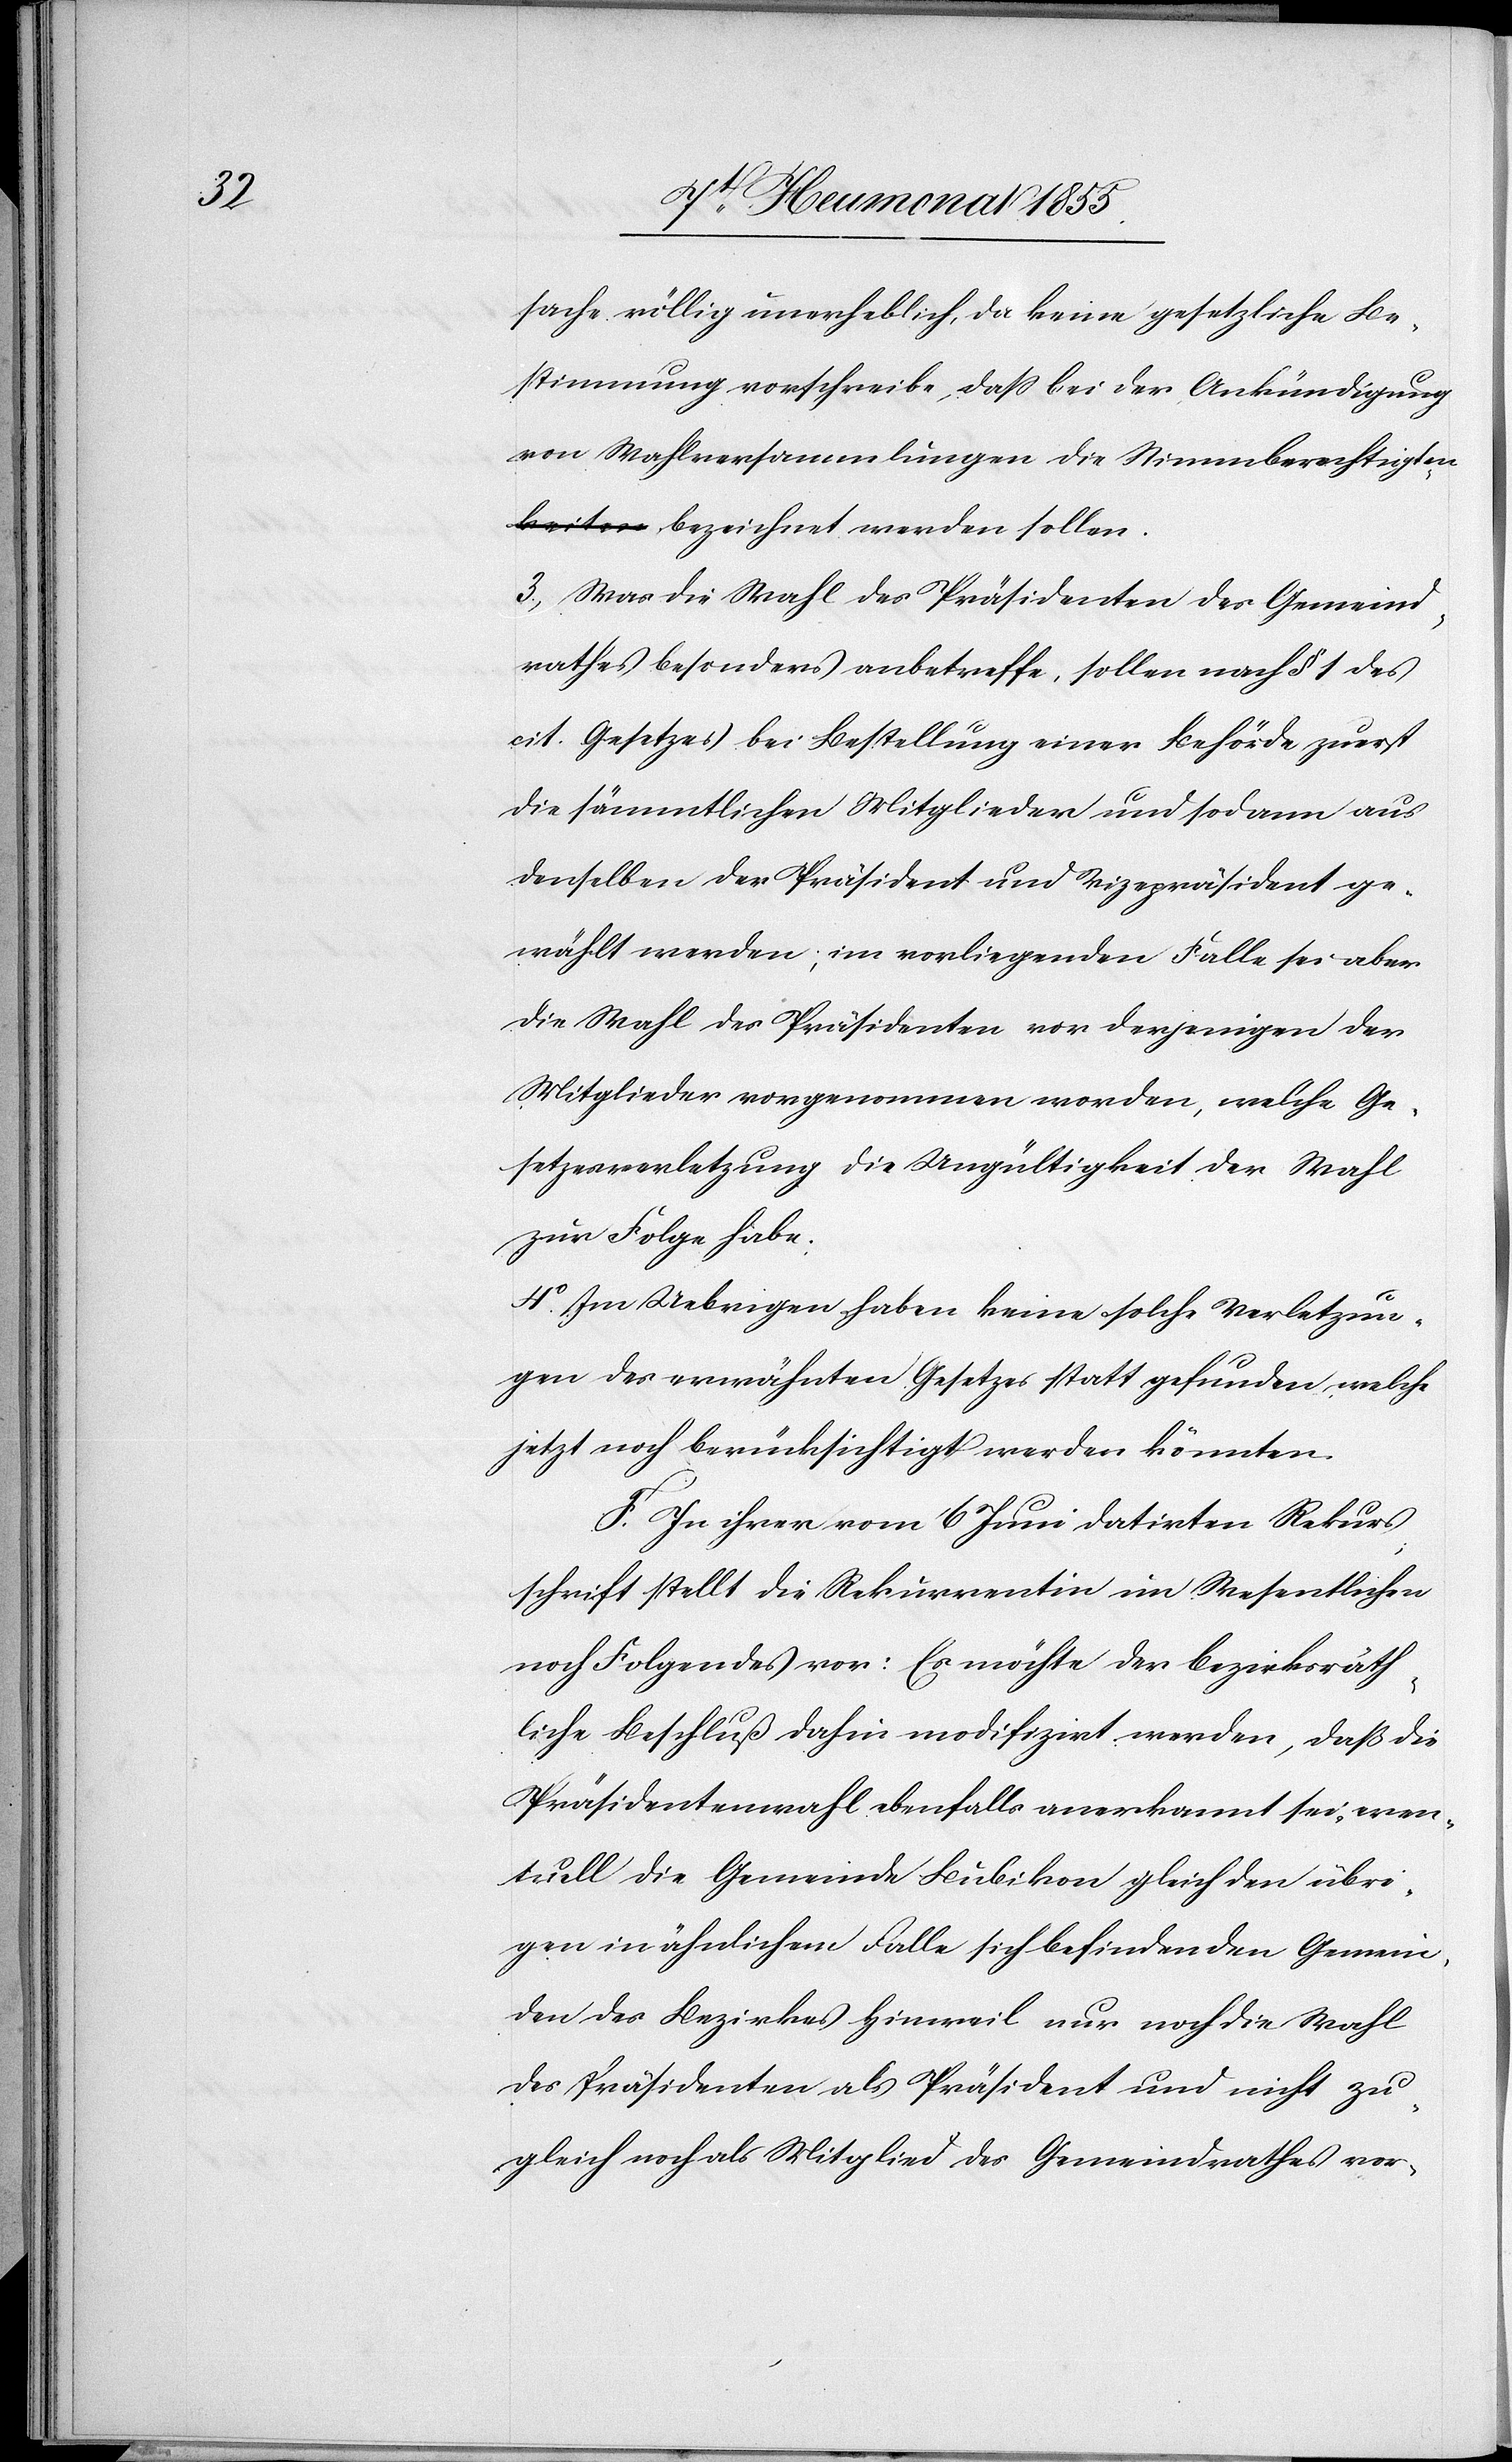
sache völlig unerheblich, da keine gesetzliche Be¬
stimmung vorschreibe, dass bei der Ankündigung
von Wahlversammlungen die Stimmberechtigten
a-keiten-a bezeichnet werden sollen.
3, Was die Wahl des Präsidenten des Gemeind¬
rathes besonders anbetreffe, sollen nach § 1 des
cit. Gesetzes bei Bestellung einer Behörde zuerst
die sämmtlichen Mitglieder und sodann aus
denselben der Präsident und Vizepräsident ge¬
wählt werden; im vorliegenden Falle sei aber
die Wahl des Präsidenten vor derjenigen der
Mitglieder vorgenommen worden, welche Ge¬
setzesverletzung die Ungültigkeit der Wahl
zur Folge habe.
4o. Im Uebrigen haben keine solche Verletzun¬
gen des erwähnten Gesetzes statt gefunden, welche
jetzt noch berücksichtigt werden könnten.
F. In ihrer vom 6 Juni datirten Rekurs¬
schrift stellt die Rekurrentin im Wesentlichen
noch Folgendes vor: Es möchte der bezirksräth¬
liche Beschluß dahin modifizirt werden, daß die
Präsidentenwahl ebenfalls anerkannt sei, even¬
tuell die Gemeinde Bubikon gleich den übri¬
gen in ähnlichem Falle sich befindenden Gemein¬
den des Bezirkes Hinweil nur noch die Wahl
des Präsidenten als Präsident und nicht zu¬
gleich noch als Mitglied des Gemeindrathes vor-